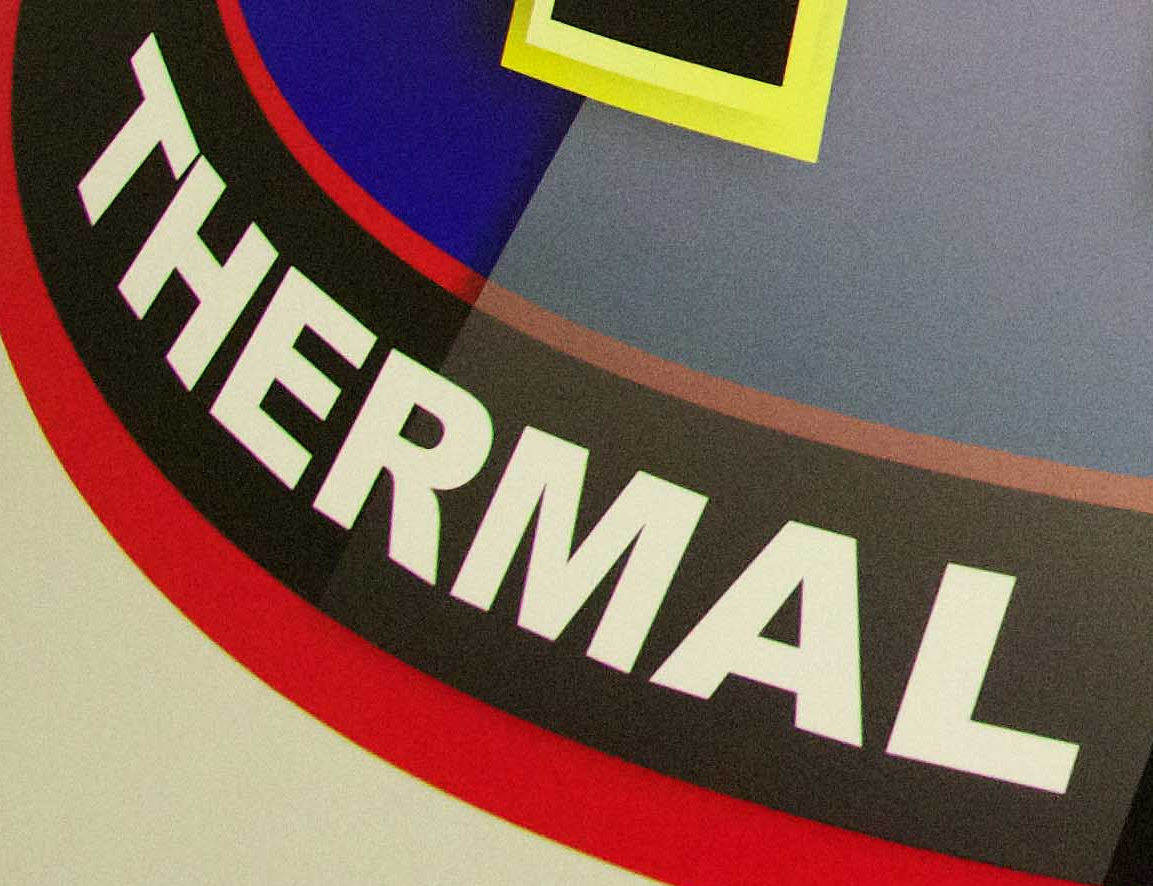
THERMAL